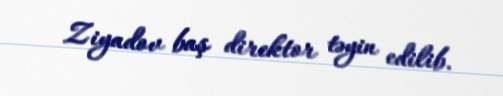
Ziyadov baş direktor təyin edilib.